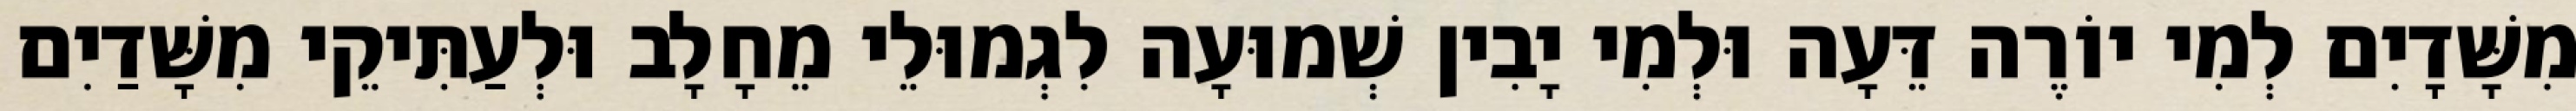
מִשָּׁדָיִם לְמִי יוֹרֶה דֵּעָה וּלְמִי יָבִין שְׁמוּעָה לִגְמוּלֵי מֵחָלָב וּלְעַתִּיקֵי מִשָּׁדַיִם